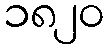
၁၈၂၀